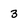
Character: 3